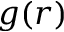
g ( r )